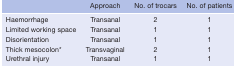
|  | Approach | No. of trocars | No. of patients |
 | --- | --- | --- | --- |
 | Haemorrhage | Transanal | 2 | 1 |
 | Limited working space | Transanal | 1 | 1 |
 | Disorientation | Transanal | 1 | 1 |
 | Thick mesocolon* | Transvaginal | 2 | 1 |
 | Urethral injury | Transanal | 1 | 1 |